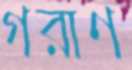
গরাণ